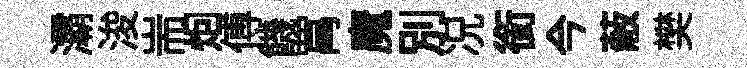
灞浚耑𤇆傅饑罥魔别况銜今蔽樊